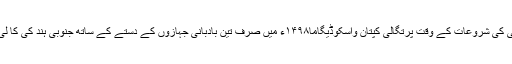
برصغیر میں مغلوں کی۶۰۰؍ سو سالہ حکمرانی کی پسپائی کی شروعات کے وقت پرتگالی کپتان واسکوڈیگاما۱۴۹۸ء میں صرف تین بادبانی جہازوں کے دستے کے ساتھ جنوبی ہند کی کا لی کٹ بندرگاہ پہنچا اور گواہ کو مستحکم جنگی مرکز بنایا۔